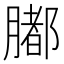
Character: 𦡄